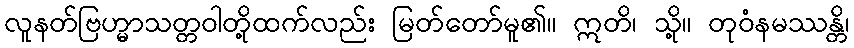
လူနတ်ဗြဟ္မာသတ္တဝါတို့ထက်လည်း မြတ်တော်မူ၏။ ဣတိ၊ သို့။ တုဝံနမဿန္တိ၊